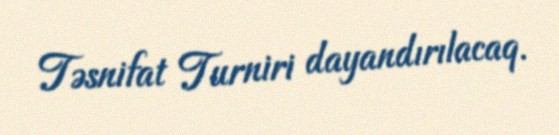
Təsnifat Turniri dayandırılacaq.